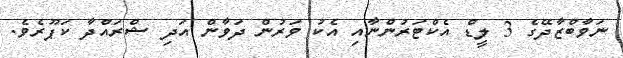
ނަވާބްޒާދޭގެ 3 ލީޑް އެކްޓަރުންނާއި އެކު ވަރުން ދަވާން އަދި ޝްރައްދާ ކަޕޫރެވެ.